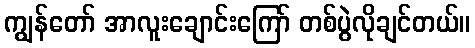
ကျွန်တော် အာလူးချောင်းကြော် တစ်ပွဲလိုချင်တယ်။